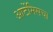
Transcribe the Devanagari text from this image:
आर्टेमिसचा